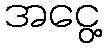
အငွေ့